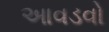
આવડવો